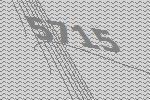
5715